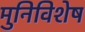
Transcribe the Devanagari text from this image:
मुनिविशेष